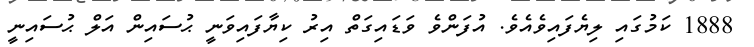
1888 ކަމުގައި ލިޔެފައިވެއެވެ. އުފަންވެ ވަޑައިގަތް އިރު ކިޔާފައިވަނީ ޙުސައިން އަލް ޙުސައިނީ